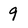
Character: 9